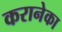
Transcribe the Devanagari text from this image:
करानेका